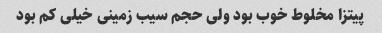
پیتزا مخلوط خوب بود ولی حجم سیب زمینی خیلی کم بود